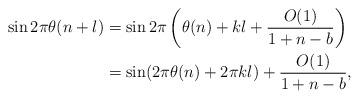
LaTeX: \begin{align*}\sin2\pi\theta(n+l)&=\sin2\pi\left(\theta(n)+kl+\frac{O(1)}{1+n-b}\right)\\&=\sin(2\pi\theta(n)+2\pi kl)+\frac{O(1)}{1+n-b},\end{align*}